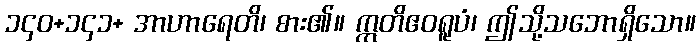
၁၄၀+၁၄၁+ အာဟာရေတိ၊ စား၏။ ဣတိဧဝရူပံ၊ ဤသို့သဘောရှိသော။